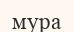
мура